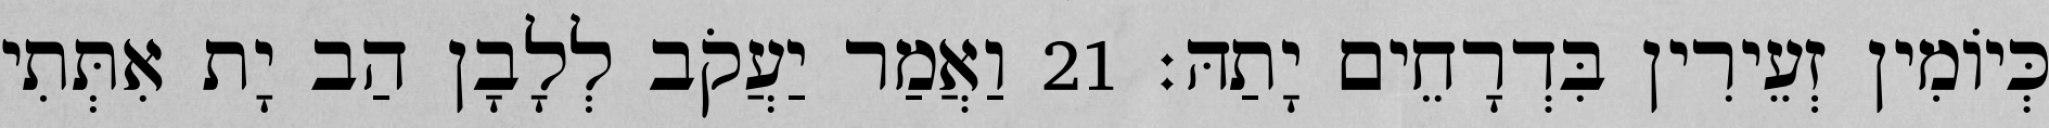
כְּיוֹמִין זְעֵירִין בִּדְרָחֵים יָתַהּ׃ 21 וַאֲמַר יַעֲקֹב לְלָבָן הַב יָת אִתְּתִי